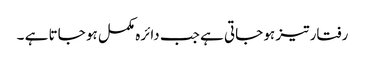
رفتار تیز ہو جاتی ہے جب دائرہ مکمل ہو جاتا ہے ۔